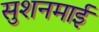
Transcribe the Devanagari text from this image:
सुशनमाई